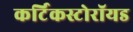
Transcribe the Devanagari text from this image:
कर्टिकस्टोरॉयड